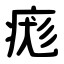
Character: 痝